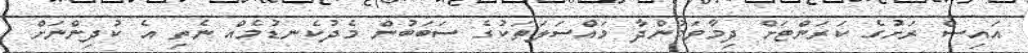
އައިސް ރަށުގެ ކަރަންޓަށް ދިމާވަމުންދާ މައްސަލަތަކުގެ ސަބަބުން މެދުކެނޑުމެއް ނެތި އެ ކުދިންނަށް